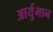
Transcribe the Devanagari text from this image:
आर्युमान